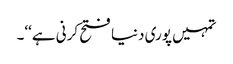
تمہیں پوری دنیا فتح کرنی ہے‘‘۔